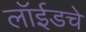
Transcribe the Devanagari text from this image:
लॉईडचे